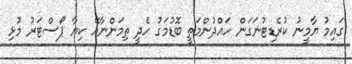
ގައިމު ޔާމީނު ކުރެޑިޓުނަގަން ހައްދުންމަތީ ބޮޑުމަގު ހެދީ ތިމަންނާއޭ ކިޔާ ޕޯސްޓަރު މުޅި